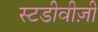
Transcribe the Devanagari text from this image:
स्टडीवीज़ी